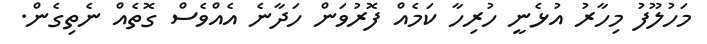
މަހުލޫފު މިހާރު އުޅެނީ ހުރިހާ ކަމެއް ފޮރުވަން ހަދާނެ އެއްވެސް ގޮތެއް ނެތިގެން.